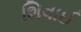
શિવાઈ